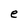
Character: e